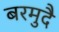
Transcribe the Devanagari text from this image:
बरमुदै